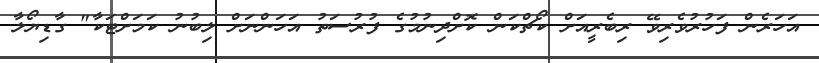
އަހަރެން ފަހުރުވެރިވޭ ރިބެރީއަށް ކޯޗްކަން ކޮށްދިނުމުގެ ފުރުސަތު އަހަންނަށް ލިބުނު ކަމަށްޓަކާ" ގާޑިޔޯލާ